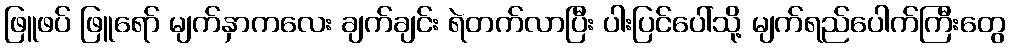
ဖြူဖပ် ဖြူရော် မျက်နှာကလေး ချက်ချင်း ရဲတက်လာပြီး ပါးပြင်ပေါ်သို့ မျက်ရည်ပေါက်ကြီးတွေ